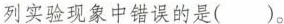
列实验现象中错误的是()。